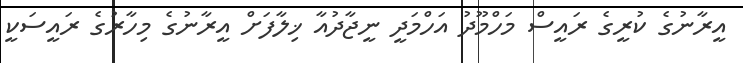
އީރާނުގެ ކުރީގެ ރައީސް މަހްމޫދު އަހްމަދީ ނީޖާދުއާ ޚިލާފަށް އީރާނުގެ މިހާރުގެ ރައީސަކީ